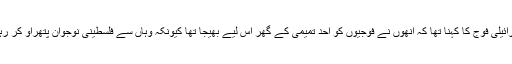
جبکہ اسرائیلی فوج کا کہنا تھا کہ انھوں نے فوجیوں کو احد تمیمی کے گھر اس لیے بھیجا تھا کیونکہ وہاں سے فلسطینی نوجوان پتھراؤ کر رہے تھے۔